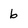
Character: 6